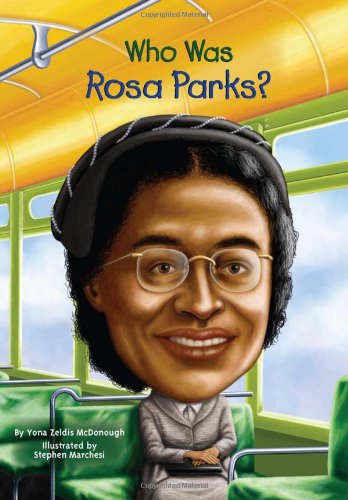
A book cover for Who Was Rosa Parks?; Yona Zeldis McDonough; Children's Books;